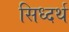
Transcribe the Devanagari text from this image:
सिध्दर्थ